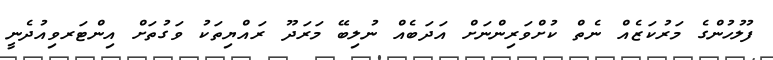
ފުލުހުންގެ މަރުކަޒެއް ނެތް ކުށްވަރިންނަށް އަދަބެއް ނުލިބޭ މަރަދޫ ރައްޔިތަކު ވަގުތަށް އިންޓަރވިއުދެނީ